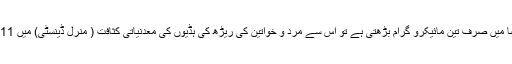
کیتھرین اور ان کے ساتھیوں نے محتاط اندازے کے بعد تخمینہ لگایا ہے کہ پی ایم 2.5 کی مقدار فضا میں صرف تین مائیکرو گرام بڑھتی ہے تو اس سے مرد و خواتین کی ریڑھ کی ہڈیوں کی معدنیاتی کثافت ( منرل ڈینسٹی) میں 0.011 گرام فی مربع سینٹی میٹر اور کولہوں میں 0.004 گرام فی مربع سینٹی میٹر کمی واقع ہوتی ہے۔